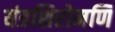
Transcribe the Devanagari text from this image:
यंत्रशिरोमणि